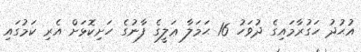
އުޙުދު ހަގުރާމައިގެ ދުވަހު 16 ޙަމަލާ ޢަލީގެ ފާނުގެ ހަށިކޮޅަށް އެރި ކަމުގައި